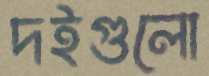
দইগুলো